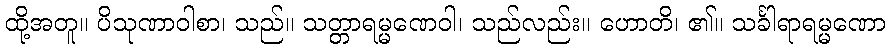
ထို့အတူ။ ပိသုဏာဝါစာ၊ သည်။ သတ္တာရမ္မဏေဝါ၊ သည်လည်း။ ဟောတိ၊ ၏။ သင်္ခါရာရမ္မဏော